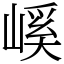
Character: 嵠